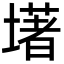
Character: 墸